Report on vaccination in the Province of Bengal - 1874-1889
Year: 1874
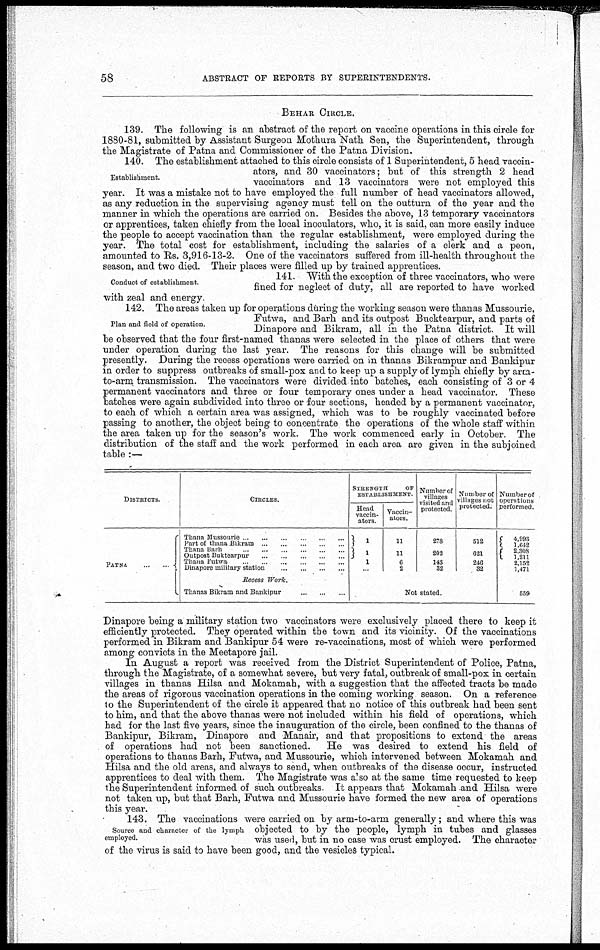
58
ABSTRACT OF REPORTS BY SUPERINTENDENTS.
BEHAR CIRCLE.
139. The following is an abstract of the report on vaccine operations in this circle for
1880-81, submitted by Assistant Surgeon Mothura Nath Sen, the Superintendent, through
the Magistrate of Patna and Commissioner of the Patna Division.
Establishment.
140. The establishment attached to this circle consists of 1 Superintendent, 5 head vaccin-
ators, and 30 vaccinators; but of this strength 2 head
vaccinators and 13 vaccinators were not employed this
year. It was a mistake not to have employed the full number of head vaccinators allowed,
as any reduction in the supervising agency must tell on the outturn of the year and the
manner in which the operations are carried on. Besides the above, 13 temporary vaccinators
or apprentices, taken chiefly from the local inoculators, who, it is said, can more easily induce
the people to accept vaccination than the regular establishment, were employed during the
year. The total cost for establishment, including the salaries of a clerk and a peon,
amounted to Rs. 3,916-13-2. One of the vaccinators suffered from ill-health throughout the
season, and two died. Their places were filled up by trained apprentices.
Conduct of establishment.
141. With the exception of three vaccinators, who were
fined for neglect of duty, all are reported to have worked
with zeal and energy.
Plan and field of operation.
142. The areas taken up for operations during the working season were thanas Mussourie,
Futwa, and Barh and its outpost Bucktearpur, and parts of
Dinapore and Bikram, all in the Patna district. It will
be observed that the four first-named thanas were selected in the place of others that were
under operation during the last year. The reasons for this change will be submitted
presently. During the recess operations were carried on in thanas Bikrampur and Bankipur
in order to suppress outbreaks of small-pox and to keep up a supply of lymph chiefly by area-
to-arm transmission. The vaccinators were divided into batches, each consisting of 3 or 4
permanent vaccinators and three or four temporary ones under a head vaccinator. These
batches were again subdivided into three or four sections, headed by a permanent vaccinator,
to each of which a certain area was assigned, which was to be roughly vaccinated before
passing to another, the object being to concentrate the operations of the whole staff within
the area taken up for the season's work. The work commenced early in October. The
distribution of the staff and the work performed in each area are given in the subjoined
table :—
DISTRICTS.
PATNA
...
...
CIRCLES.
Thana Mussourie
...
...
...
...
...
Part of thana Bikram ... ... ... ... ...
Thana Barh ... ... ... ... ... ...
Outpost Buktearpur ... ... ... ... ...
Thana Futwa ... ... ... ... ...
Dinapore military station ... ... ... ... ...
Recess Work.
Thanas Bikram and Bankipur
...
...
...
STRENGTH
OF
ESTABLISHMENT
Head
vaccin-
ators
1
1
1
...
Vaccin-
ators.
11
11
6
2
Number of
villages
visited and
protected.
278
202
143
32
Number of
villages not
protected.
512
621
246
32
Not stated.
Number of
operations
performed.
4,993
1,642
2,308
1,211
2,152
1,471
539
Dinapore being a military station two vaccinators were exclusively placed there to keep it
efficiently protected. They operated within the town and its vicinity. Of the vaccinations
performed in Bikram and Bankipur 54 were re-vaccinations, most of which were performed
among convicts in the Meetapore jail.
In August a report was received from the District Superintendent of Police, Patna,
through the Magistrate, of a somewhat severe, but very fatal, outbreak of small-pox in certain
villages in thanas Hilsa and Mokamah, with a suggestion that the affected tracts be made
the areas of rigorous vaccination operations in the coming working season. On a reference
to the Superintendent of the circle it appeared that no notice of this outbreak had been sent
to him, and that the above thanas were not included within his field of operations, which
had for the last five years, since the inauguration of the circle, been confined to the thanas of
Bankipur, Bikram, Dinapore and Manair, and that propositions to extend the areas
of operations had not been sanctioned.
He was desired to extend his field of
operations to thanas Barh, Futwa, and Mussourie, which intervened between Mokamah and
Hilsa and the old areas, and always to send, when outbreaks of the disease occur, instructed
apprentices to deal with them. The Magistrate was also at the same time requested to keep
the Superintendent informed of such outbreaks It appears that Mokamah and Hilsa were
not taken up, but that Barh, Futwa and Mussourie have formed the new area of operations
this year.
Source and character of the lymph
employed.
143. The vaccinations were carried on by arm-to-arm generally; and where this was
objected to by the people, lymph in tubes and glasses
was used, but in no case was crust employed. The character
of the virus is said to have been good, and the vesicles typical.